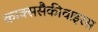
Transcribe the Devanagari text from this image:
काक्ससैकीवाइरस